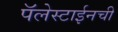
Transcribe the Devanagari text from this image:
पॅलेस्टाईनची